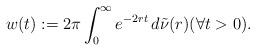
LaTeX: \begin{align*}w(t) := 2\pi \int_0^\infty e^{-2rt} \, d\tilde{\nu}(r) (\forall t>0).\end{align*}